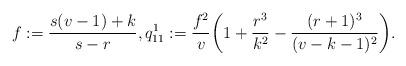
LaTeX: \begin{align*}f:=\frac{s(v-1)+k}{s-r},q_{11}^1:=\frac{f^2}{v}\bigg(1+\frac{r^3}{k^2}-\frac{(r+1)^3}{(v-k-1)^2}\bigg).\end{align*}